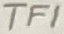
Text: TF1